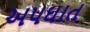
અપઘાત